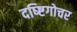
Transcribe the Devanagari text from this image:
दष्ष्टिगोचर